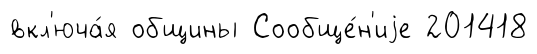
вкл'юча́я общины Сообще́н'иjе 201418